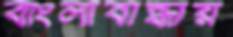
বাংলাবান্ধায়